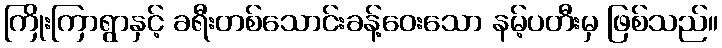
ကြိုးကြာရွာနှင့် ခရီးတစ်သောင်းခန့်ဝေးသော နမ့်ပတီးမှ ဖြစ်သည်။